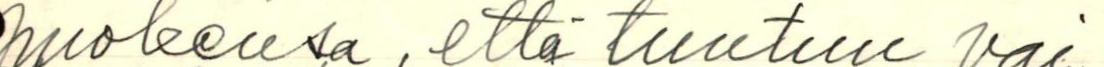
puoleensa, että tuntuu vai